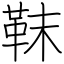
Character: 靺